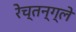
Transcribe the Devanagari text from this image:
रेच्तन्ग्ले